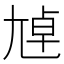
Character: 𡯴